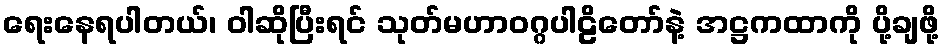
ရေးနေရပါတယ်၊ ဝါဆိုပြီးရင် သုတ်မဟာဝဂ္ဂပါဠိတော်နဲ့ အဋ္ဌကထာကို ပို့ချဖို့